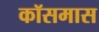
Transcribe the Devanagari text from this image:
कॉसमास